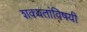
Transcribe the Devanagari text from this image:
शक्यतांविषयी